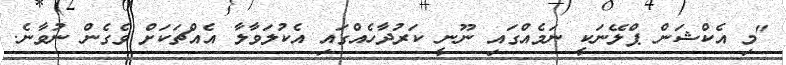
"މި އެކްޝަން ޕްލޭނަކީ ނަމެއްގައި ނޫނީ ކަރުދާހެއްގައި އެކުލަވާލާ އެއްޗަކަށް ވެގެން ނުވާނެ.